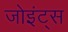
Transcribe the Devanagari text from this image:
जोइंट्स